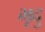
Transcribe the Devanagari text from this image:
भृदु